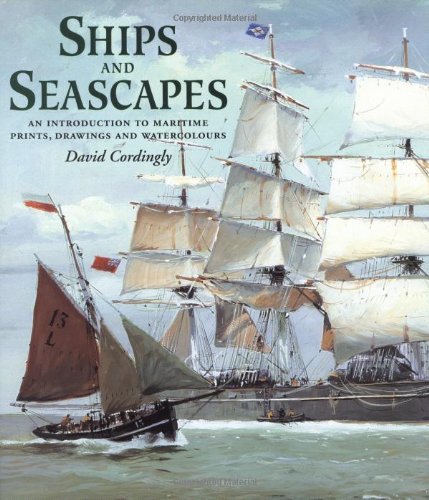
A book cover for Ships and Seascapes: An Introduction to Maritime Prints, Drawings and Watercolours; David Cordingly; Crafts, Hobbies & Home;